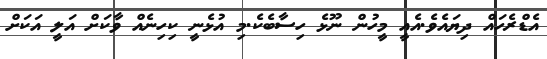
އެޑްރެހައް ދިޔައެވެ.އެއީ މީހުން ނޫޅެ ހިސާބެކެ.މި އުޅެނީ ކިހިނެއް ވާކަށް އަލީ އަކަށް